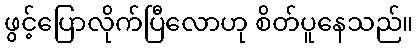
ဖွင့်ပြောလိုက်ပြီလောဟု စိတ်ပူနေသည်။